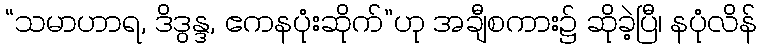
“သမာဟာရ, ဒိဒွန္ဒ, ဧကနပုံးဆိုက်”ဟု အချီစကား၌ ဆိုခဲ့ပြီ၊ နပုံလိန်